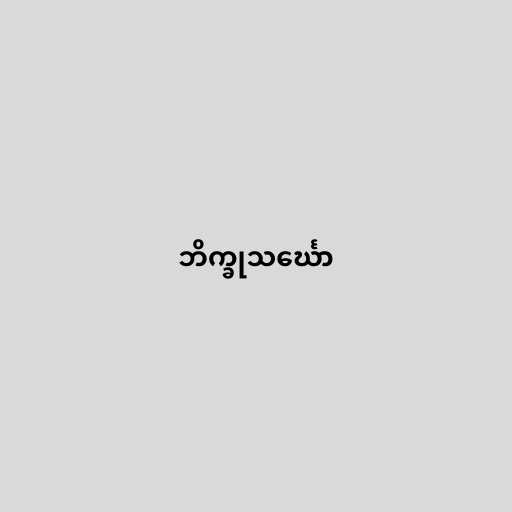
ဘိက္ခုသင်္ဃော